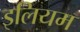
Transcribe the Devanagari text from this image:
इलियम